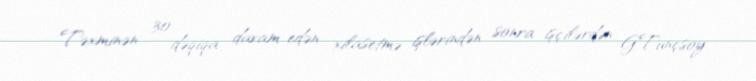
Təxminən 30 dəqiqa davam edən xilasetmə işlərindən sonra işçilərdən G.Tunçsoy